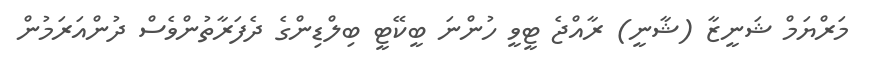
މަރްޔަމް ޝަނީޒާ (ޝާނީ) ރާއްޖެ ޓީވީ ހުންނަ ބީކޭޓީ ބިލްޑިންގެ ދެފަރާތުންވެސް ދުންއަރަމުން